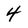
Character: 4